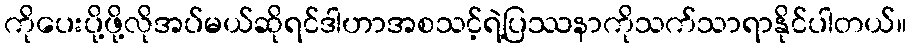
ကိုပေးပို့ဖို့လိုအပ်မယ်ဆိုရင်ဒါဟာအစသင့်ရဲ့ပြဿနာကိုသက်သာရာနိုင်ပါတယ်။